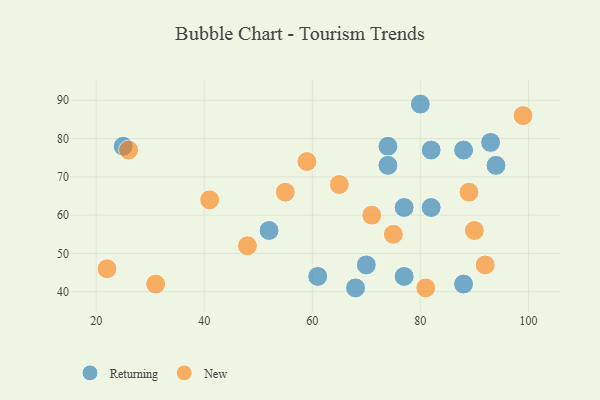
{"axis": {"x": "GDP", "y": "Life Expectancy"}, "legend": ["New", "Returning"], "data": [{"x": "94", "y": 73, "type": "Returning"}, {"x": "82", "y": 62, "type": "Returning"}, {"x": "74", "y": 78, "type": "Returning"}, {"x": "68", "y": 41, "type": "Returning"}, {"x": "77", "y": 62, "type": "Returning"}, {"x": "88", "y": 42, "type": "Returning"}, {"x": "70", "y": 47, "type": "Returning"}, {"x": "61", "y": 44, "type": "Returning"}, {"x": "25", "y": 78, "type": "Returning"}, {"x": "93", "y": 79, "type": "Returning"}, {"x": "88", "y": 77, "type": "Returning"}, {"x": "74", "y": 73, "type": "Returning"}, {"x": "52", "y": 56, "type": "Returning"}, {"x": "82", "y": 77, "type": "Returning"}, {"x": "80", "y": 89, "type": "Returning"}, {"x": "77", "y": 44, "type": "Returning"}, {"x": "75", "y": 55, "type": "New"}, {"x": "55", "y": 66, "type": "New"}, {"x": "81", "y": 41, "type": "New"}, {"x": "99", "y": 86, "type": "New"}, {"x": "90", "y": 56, "type": "New"}, {"x": "22", "y": 46, "type": "New"}, {"x": "26", "y": 77, "type": "New"}, {"x": "48", "y": 52, "type": "New"}, {"x": "92", "y": 47, "type": "New"}, {"x": "89", "y": 66, "type": "New"}, {"x": "59", "y": 74, "type": "New"}, {"x": "65", "y": 68, "type": "New"}, {"x": "71", "y": 60, "type": "New"}, {"x": "31", "y": 42, "type": "New"}, {"x": "41", "y": 64, "type": "New"}]}